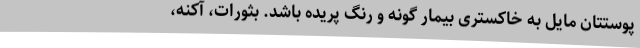
پوستتان مایل به خاکستری بیمار گونه و رنگ پریده باشد. بثورات، آکنه،